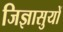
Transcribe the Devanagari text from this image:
जिज्ञासुयों